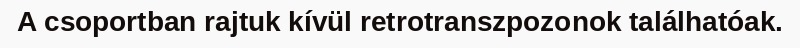
A csoportban rajtuk kívül retrotranszpozonok találhatóak.